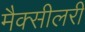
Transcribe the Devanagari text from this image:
मैक्सीलरी